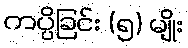
ကပ္ပိခြင်း (၅) မျိုး